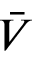
\bar { V }